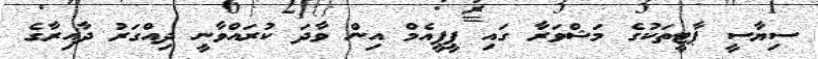
ސިޔާސީ ޕާޓީތަކުގެ މަޝްވަރާ ގައި ޕީޕީއެމް އިން ވާދަ ކުރައްވާނީ ދިއްގަރު ދާއިރާގެ